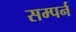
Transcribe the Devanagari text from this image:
सम्पर्न